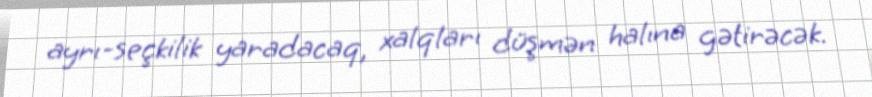
ayrı-seçkilik yaradacaq, xalqları düşmən halına gətirəcək.